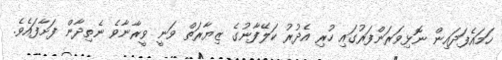
ހަމައެފަދައިން ނޮޅިވަރަންފަރުގައި ހުރި އެދުރު ކަލޭފާނުގެ ޒިޔާރަތް ވަނީ ވީރާނާވެ ނެތިދާން ފަށާފައެވެ.